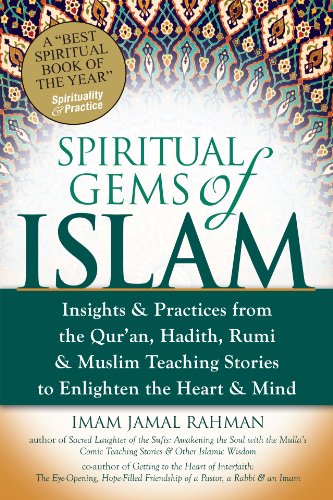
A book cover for Spiritual Gems of Islam: Insights & Practices from the Qur'an, Hadith, Rumi & Muslim Teaching Stories to Enlighten the Heart & Mind (Skylight Illuminations); Imam Jamal Rahman; Religion & Spirituality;